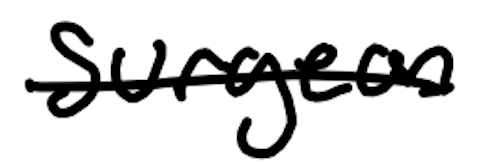
Text: surgeon
Cross-out: single-line
Writing tool: digital_black